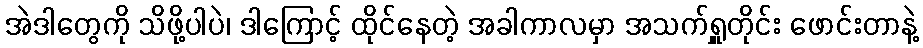
အဲဒါတွေကို သိဖို့ပါပဲ၊ ဒါကြောင့် ထိုင်နေတဲ့ အခါကာလမှာ အသက်ရှူတိုင်း ဖောင်းတာနဲ့